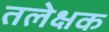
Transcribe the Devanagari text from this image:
तलेक्षक